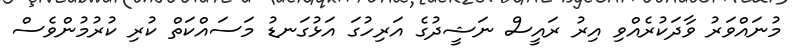
މުނައްވަރު ވާދަކުރެއްވި އިރު ރައީސް ނަޝީދުގެ އަރިހުގަ އަޅުގަނޑު މަސައްކަތް ކުރި ކުރުމުންވެސް